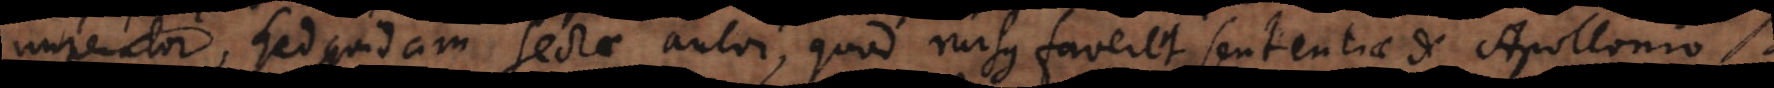
imperator, sed quidam sectae autor, quod rursus faveret sententiae de Apollonio.